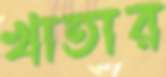
খাতার